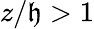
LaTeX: z/\mathfrak{h}>1